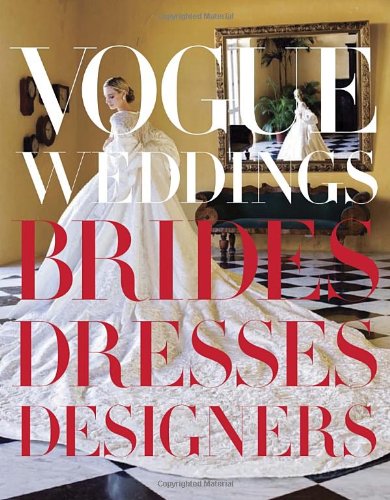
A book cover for Vogue Weddings: Brides, Dresses, Designers; Humor & Entertainment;